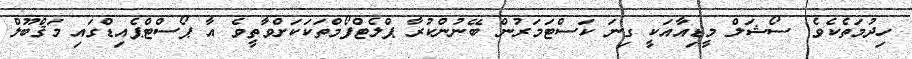
ހިދުމަތެކެވެ. ސޯޝަލް މީޑިއާއަކީ ގިނަ ކަސްޓަމަރުން ބޭނުންކުރާ ޕްލެޓްފޯމްތަކަކަށްވާތީވެ އާ ޕޯސްޓްޕެއިޑްގައި މަޤްބޫލް